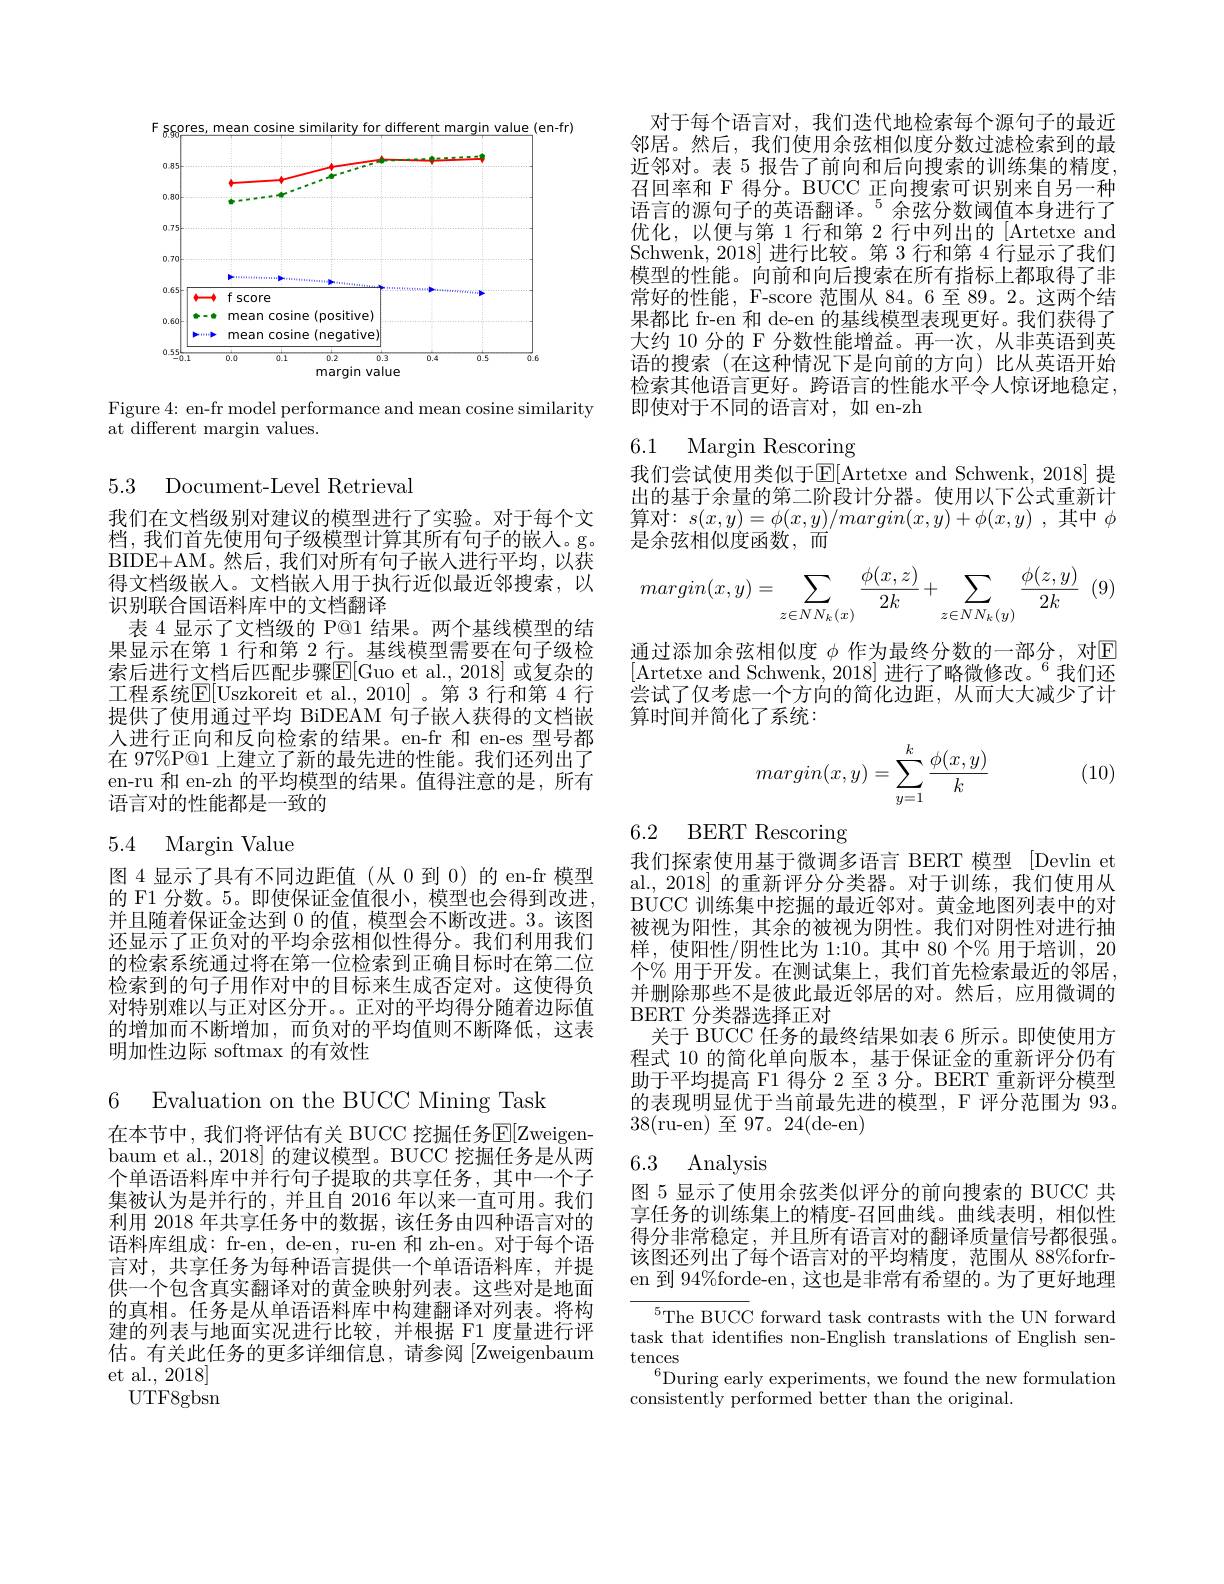
<FigureHere>

Figure 4: en-fr model performance and mean cosine similarity
at different margin values.

5.3 Document-Level Retrieval

我们在文档级别对建议的模型进行了实验。对于每个文档，我们首先使用句子级模型计算其所有句子的嵌人。g。BIDE+AM。然后，我们对所有句子嵌人进行平均，以获得文档级嵌入。文档嵌人用于执行近似最近邻搜索，以识别联合国语料库中的文档翻译
表 4 显示了文档级的 P@1 结果。两个基线模型的结果显示在第 1 行和第 2 行。基线模型需要在句子级检索后进行文档后匹配步骤$\overline{\mathrm{E}}[$Guo et al.,2018] 或复杂的工程系统$\overline{\mathrm{E}}[$Uszkoreit et al.,2010]。第 3 行和第 4 行提供了使用通过平均 BiDEAM 句子嵌人获得的文档嵌人进行正向和反向检索的结果。en-fr 和 en-es 型号都在 97%P@1 上建立了新的最先进的性能。我们还列出了en-ru 和 en-zh 的平均模型的结果。值得注意的是，所有语言对的性能都是一致的

## 5.4 Margin Value

图 4 显示了具有不同边距值(从 0 到 0) 的 en-fr 模型的 F1 分数。5。即使保证金值很小，模型也会得到改进， 并且随着保证金达到 0 的值，模型会不断改进。3。该图还显示了正负对的平均余弦相似性得分。我们利用我们的检索系统通过将在第一位检索到正确目标时在第二位检索到的句子用作对中的目标来生成否定对。这使得负对特别难以与正对区分开。。正对的平均得分随着边际值的增加而不断增加，而负对的平均值则不断降低，这表明加性边际 softmax 的有效性

6 Evaluation on the BUCC Mining Task

在本节中，我们将评估有关 BUCC 挖掘任务$\mathbb{E}[\mathbb{Z}$weigenbaum et al., 2018] 的建议模型。BUCC 挖掘任务是从两个单语语料库中并行句子提取的共享任务，其中一个子集被认为是并行的，并且自 2016 年以来一直可用。我们利用 2018 年共享任务中的数据，该任务由四种语言对的语料库组成：fr-en, de-en, ru-en 和 zh-en。对于每个语言对，共享任务为每种语言提供一个单语语料库，并提供一个包含真实翻译对的黄金映射列表。这些对是地面的真相。任务是从单语语料库中构建翻译对列表。将构建的列表与地面实况进行比较，并根据 F1 度量进行评估。有关此任务的更多详细信息，请参阅[Zweigenbaum et al., 2018]
UTF8gbsn

对于每个语言对，我们迭代地检索每个源句子的最近邻居。然后，我们使用余弦相似度分数过滤检索到的最近邻对。表 5 报告了前向和后向搜索的训练集的精度， 召回率和 F 得分。BUCC 正向搜索可识别来自另一种语言的源句子的英语翻译。$^{5}$余弦分数阈值本身进行了优化，以便与第 1 行和第 2 行中列出的 [Artetxe and Schwenk, 2018] 进行比较。第 3 行和第 4 行显示了我们模型的性能。向前和向后搜索在所有指标上都取得了非常好的性能，F-score 范围从 84。6 至 89。2。这两个结果都比 fr-en 和 de-en 的基线模型表现更好。我们获得了大约 10 分的 F 分数性能增益。再一次，从非英语到英语的搜索(在这种情况下是向前的方向)比从英语开始检索其他语言更好。跨语言的性能水平令人惊讶地稳定， 即使对于不同的语言对，如 en-zh

6.1 Margin Rescoring

我们尝试使用类似于$\operatorname{\overline{E}[\text{Artetxe and Schwenk,2018] 提}}$ 出的基于余量的第二阶段计分器。使用以下公式重新计$\begin{array}{l}{\text{算对：}s(x,y)=\phi(x,y)/margin(x,y)+\phi(x,y)\:,~\text{其中}~\phi}\\{\text{是余弦相似度函数，而}}\end{array}$

(9)
$$margin(x,y)=\sum\limits_{z\in NN_k(x)}\frac{\phi(x,z)}{2k}+\sum\limits_{z\in NN_k(y)}\frac{\phi(z,y)}{2k}$$
通过添加余弦相似度 $\phi$ 作为最终分数的一部分，对$\mathbb{E}$ [Artetxe and Schwenk, 2018] 进行了略微修改。$^6$我们还尝试了仅考虑一个方向的简化边距，从而大大减少了计算时间并简化了系统：

$\frac {1) }2$ (10)
$$margin(x,y)=\sum_{y=1}^k\frac{\phi(x,y)}{k}$$
6.2 BERT Rescoring

我们探索使用基于微调多语言 BERT 模型 [Devlin et al., 2018] 的重新评分分类器。对于训练，我们使用从BUCC 训练集中挖掘的最近邻对。黄金地图列表中的对被视为阳性，其余的被视为阴性。我们对阴性对进行抽样，使阳性/阴性比为 1:10。其中 80 个% 用于培训，20个% 用于开发。在测试集上，我们首先检索最近的邻居， 并删除那些不是彼此最近邻居的对。然后，应用微调的BERT 分类器选择正对
关于 BUCC 任务的最终结果如表 6 所示。即使使用方程式 10 的简化单向版本，基于保证金的重新评分仍有助于平均提高 F1 得分 2 至 3 分。BERT 重新评分模型的表现明显优于当前最先进的模型，F 评分范围为 93。38(ru-en)至97。24(de-en)

## 6.3 Analysis

图 5 显示了使用余弦类似评分的前向搜索的 BUCC 共享任务的训练集上的精度-召回曲线。曲线表明，相似性得分非常稳定，并且所有语言对的翻译质量信号都很强。该图还列出了每个语言对的平均精度，范围从 88%forfren 到 94%forde-en , 这也是非常有希望的。为了更好地理

${}^{5}{\mathrm{The~BUCC~forward~task~contrasts~with~the~UN~forward}}$ task that identifies non-English translations of English sentences
$^{6}$During early experiments, we found the new formulation
consistently performed better than the original.